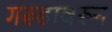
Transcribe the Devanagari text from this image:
गरूडावरून